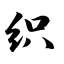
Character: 织